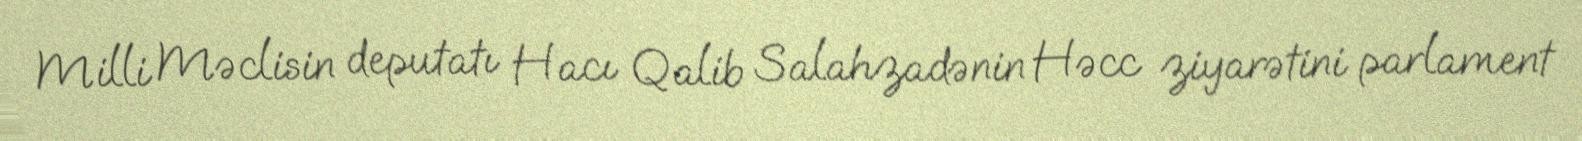
Milli Məclisin deputatı Hacı Qalib Salahzadənin Həcc ziyarətini parlament